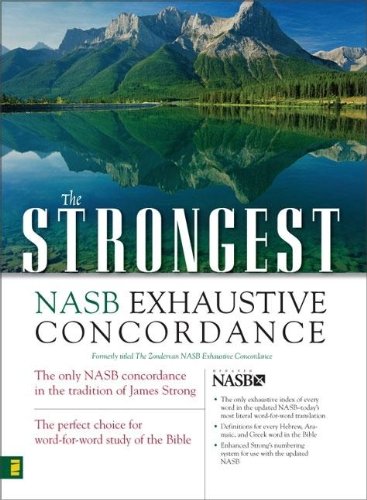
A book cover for The Strongest NASB Exhaustive Concordance (Strongest Strong's); James Strong; Christian Books & Bibles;